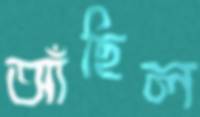
আঁছিল